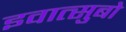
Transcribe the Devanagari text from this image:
इवात्सुबो